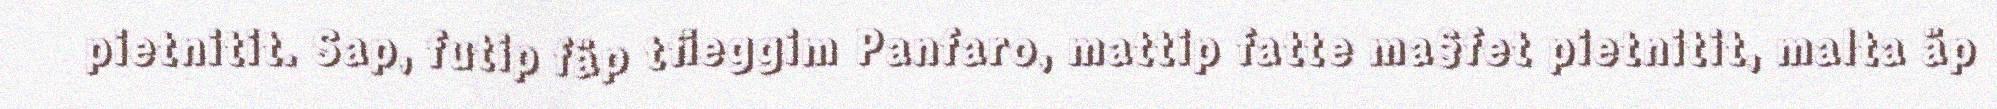
pietnitit. Sap, futip fäp tfieggim Panfaro, mattip fatte ma§fet pietnitit, malta äp